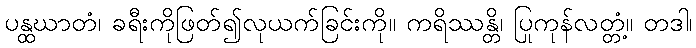
ပန္ထဃာတံ၊ ခရီးကိုဖြတ်၍လုယက်ခြင်းကို။ ကရိဿန္တိ၊ ပြုကုန်လတ္တံ့။ တဒါ၊